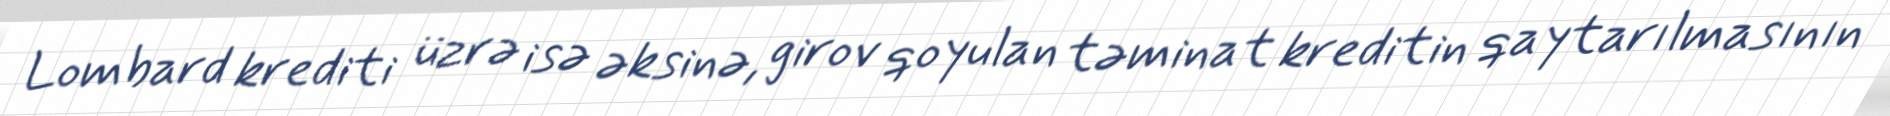
Lombard krediti üzrə isə əksinə, girov qoyulan təminat kreditin qaytarılmasının